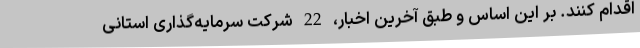
اقدام کنند. بر این اساس و طبق آخرین اخبار، 22 شرکت سرمایه‌گذاری استانی